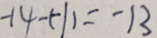
- 1 4 - ( - 1 ) = - 1 3